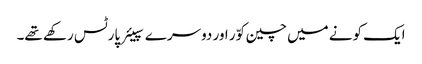
ایک کونے میں چین کوّر اور دوسرے سپیئر پارٹس رکھے تھے۔